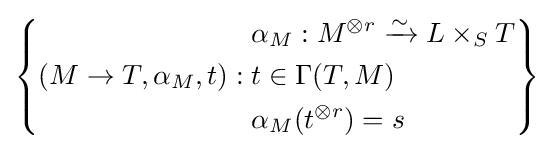
\left\{(M\to T,\alpha _{M},t):{\begin{aligned}&\alpha _{M}:M^{\otimes r}\xrightarrow {\sim } L\times _{S}T\\&t\in \Gamma (T,M)\\&\alpha _{M}(t^{\otimes r})=s\end{aligned}}\right\}